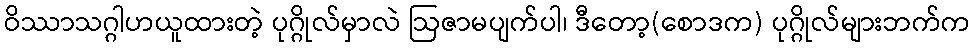
ဝိဿာသဂ္ဂါဟယူထားတဲ့ ပုဂ္ဂိုလ်မှာလဲ ဩဇာမပျက်ပါ၊ ဒီတော့(စောဒက) ပုဂ္ဂိုလ်များဘက်က